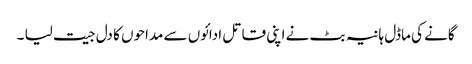
گانے کی ماڈل ہانیہ بٹ نے اپنی قاتل ادائوں سے مداحوں کا دل جیت لیا ۔